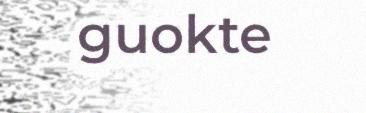
guokte